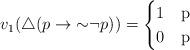
LaTeX: \begin{align*}v_1(\triangle(p\rightarrow{\sim}\neg p))&=\begin{cases}1&$p$\\0&$p$\end{cases}\end{align*}